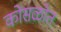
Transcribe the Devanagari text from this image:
कोसळोत